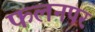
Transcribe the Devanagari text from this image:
फलनपर